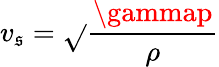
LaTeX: v_{\mathfrak{s}}={\sqrt{}{{\frac{{\gammap}}{{\rho}}}}}